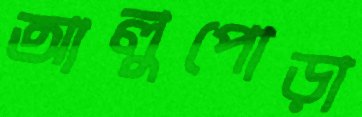
আলুপোড়া